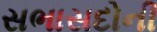
સભાસદોની